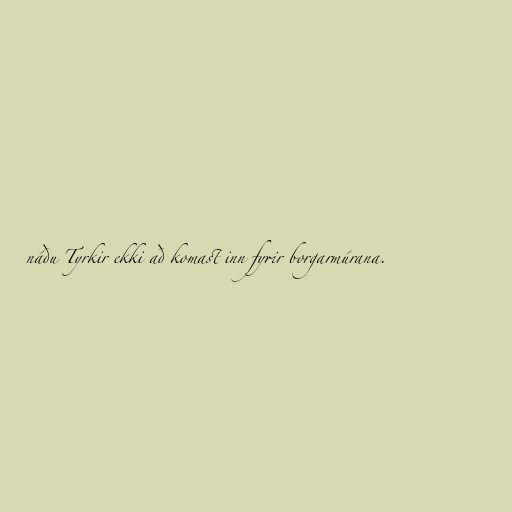
náðu Tyrkir ekki að komast inn fyrir borgarmúrana.